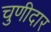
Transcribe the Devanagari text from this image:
चुणीदार